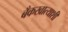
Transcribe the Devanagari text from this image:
बँकखात्याशी